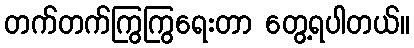
တက်တက်ကြွကြွရေးတာ တွေ့ရပါတယ်။